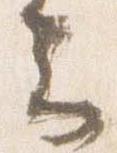
云